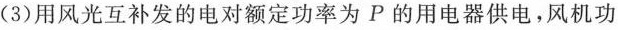
(3)用风光互补发的电对额定功率为P的用电器供电，风机功